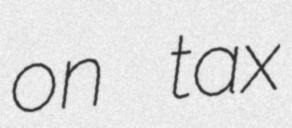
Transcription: on tax